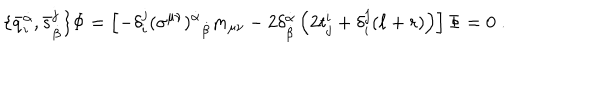
\{ \bar { q } _ { i } ^ { \dot { \alpha } } , \bar { s } _ { \dot { \beta } } ^ { j } \} \Phi = \left[ - \delta _ { i } ^ { j } ( \sigma ^ { \mu \nu } ) ^ { \dot { \alpha } } { } _ { \dot { \beta } } m _ { \mu \nu } - 2 \delta _ { \dot { \beta } } ^ { \dot { \alpha } } \left( 2 t _ { j } ^ { i } + \delta _ { i } ^ { j } ( \ell + r ) \right) \right] \Phi = 0 \; .